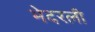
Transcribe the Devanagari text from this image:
भेदरली